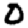
Digit: 0